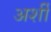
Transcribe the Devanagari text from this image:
अर्शी